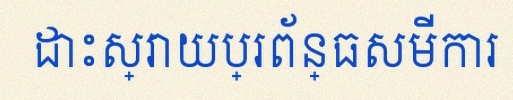
ដោះស្រាយប្រព័ន្ធសមីការ